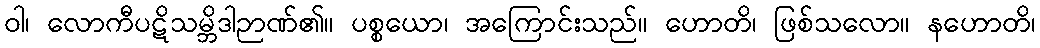
ဝါ၊ လောကီပဋိသမ္ဘိဒါဉာဏ်၏။ ပစ္စယော၊ အကြောင်းသည်။ ဟောတိ၊ ဖြစ်သလော။ နဟောတိ၊